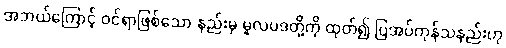
အဘယ်ကြောင့် ဝင်ရာဖြစ်သော နည်းမှ မူလပဒတို့ကို ထုတ်၍ ပြအပ်ကုန်သနည်းဟု